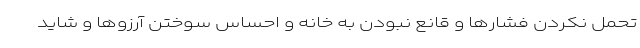
تحمل نکردن فشارها و قانع نبودن به خانه و احساس سوختن آرزوها و شاید